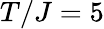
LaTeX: T/J=5